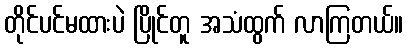
တိုင်ပင်မထားပဲ ပြိုင်တူ အသံထွက် လာကြတယ်။